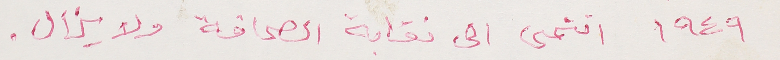
١٩٤٩ انتمى الى نقابة الصحافة ولا يزال.